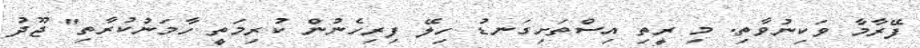
ފޭރާމާ ވަކިނުވާތި. މި ރީތި އިސްތަށިގަނޑު ހިލޭ ފިރިހެނުން ކުރިމަތީ ހާމަނުކުރާތި" ޖޫދު